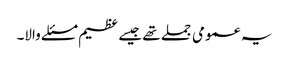
یہ عمومی جملے تھے جیسے عظیم مسئلے والا۔